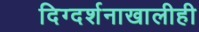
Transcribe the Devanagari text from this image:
दिग्दर्शनाखालीही